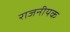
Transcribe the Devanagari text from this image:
राजनीयक